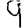
Digit: 9